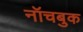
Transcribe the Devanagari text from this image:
नॉचबुक